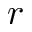
r